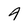
Character: 4